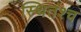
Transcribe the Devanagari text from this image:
स्थितश्च